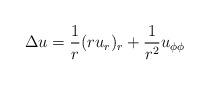
LaTeX: \begin{align*} \Delta u=\frac{1}{r}(ru_r)_r+\frac{1}{r^2}u_{\phi\phi}\end{align*}